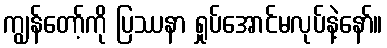
ကျွန်တော့်ကို ပြဿနာ ရှုပ်အောင်မလုပ်နဲ့နော်။